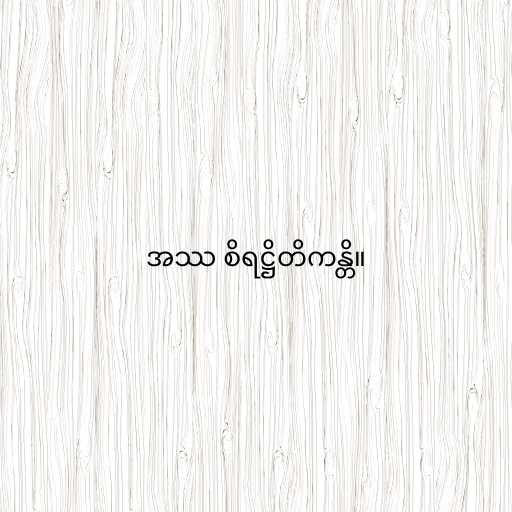
အဿ စိရဋ္ဌိတိကန္တိ။